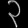
Digit: ၃